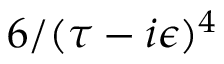
6 / ( \tau - i \epsilon ) ^ { 4 }